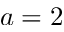
a = 2